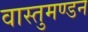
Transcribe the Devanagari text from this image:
वास्तुमण्डन